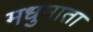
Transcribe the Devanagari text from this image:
मधुमाता